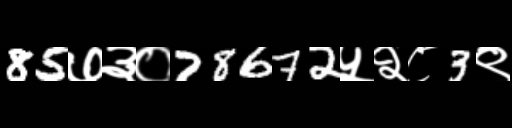
Text: 85७३०78672५२८3९